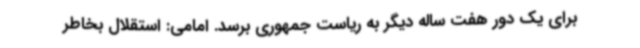
برای یک دور هفت ساله دیگر به ریاست جمهوری برسد. امامی: استقلال بخاطر